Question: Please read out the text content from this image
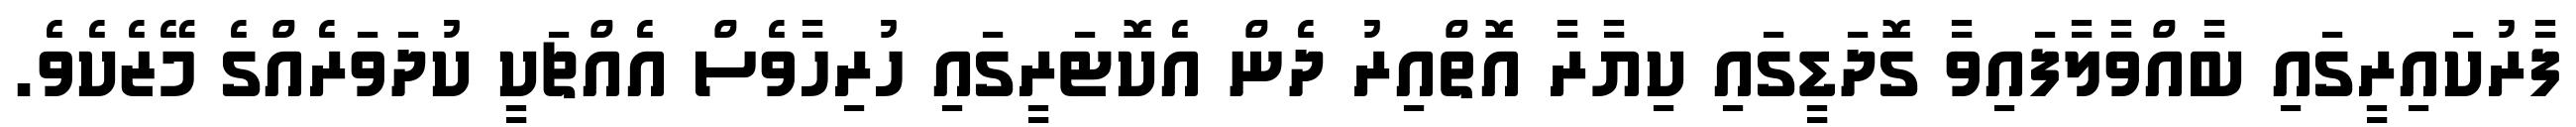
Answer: ފާރުކައިރީގައި ބާއްވާލާފައިވާ ގޮދަޑީގައި ކިޔާރާ އޮތްއިރު ދެން އެކޮޓަރީގައި ހުރިހާވެސް އެއްޗަކީ ކުދަވަރެއްގެ މޭޒެކެވެ.